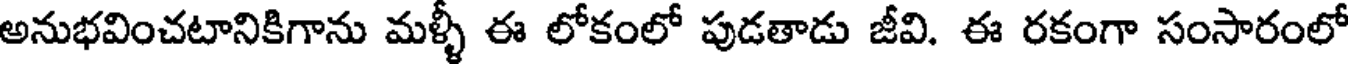
అనుభవించటానికిగాను మళ్ళీ ఈ లోకంలో పుడతాడు జీవి. ఈ రకంగా సంసారంలో